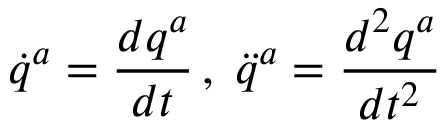
\dot { q } ^ { a } = \frac { d q ^ { a } } { d t } \, , \; \ddot { q } ^ { a } = \frac { d ^ { 2 } q ^ { a } } { d t ^ { 2 } }